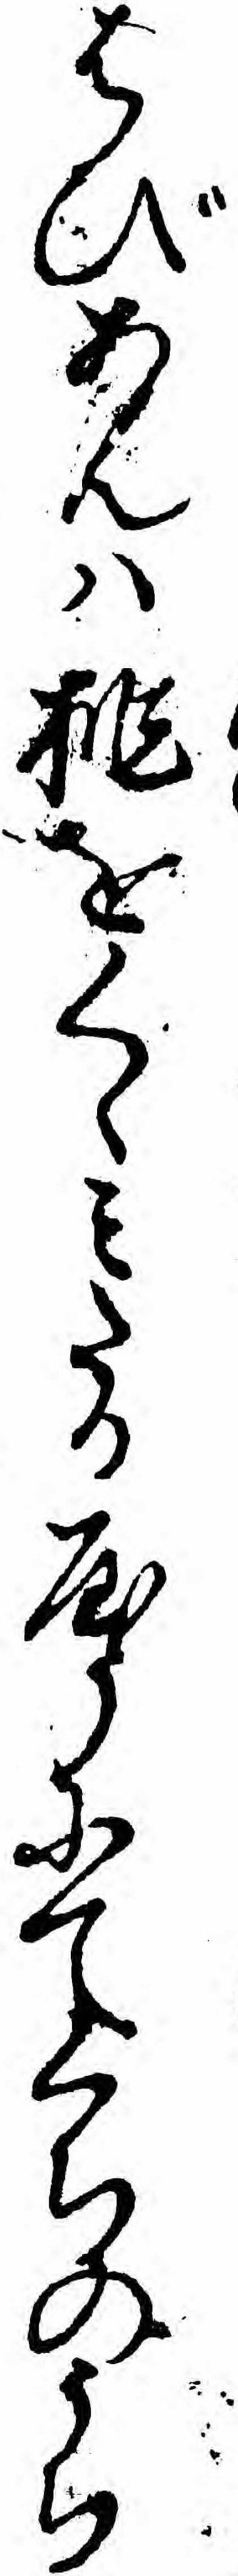
はびあんハ桃をくゝミたるやうにてくちのうち